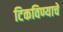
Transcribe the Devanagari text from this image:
टिकविण्याचे